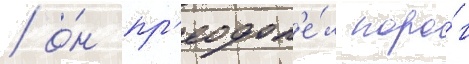
/ о́н пр'еодол'е́л поро́г